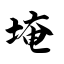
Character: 埯